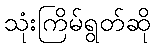
သုံးကြိမ်ရွတ်ဆို